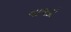
વાચકો